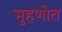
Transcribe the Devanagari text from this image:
मुहणोत